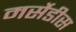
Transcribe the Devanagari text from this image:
मर्सेडीस